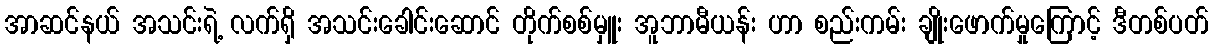
အာဆင်နယ် အသင်းရဲ့ လက်ရှိ အသင်းခေါင်းဆောင် တိုက်စစ်မှူး အူဘာမီယန်း ဟာ စည်းကမ်း ချိုးဖောက်မှုကြောင့် ဒီတစ်ပတ်